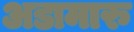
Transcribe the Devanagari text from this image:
अडामारु